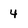
Character: 4